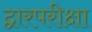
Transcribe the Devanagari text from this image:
द्वारपरीक्षा